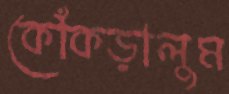
কোঁকড়ালুম